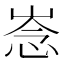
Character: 𢚏